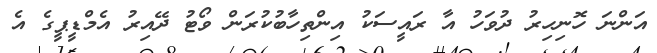
އަންނަ ހޮނިހިރު ދުވަހު އާ ރައީސަކު އިންތިހާބުކުރަން ވޯޓު ދޭއިރު އެމްޑީޕީގެ އެ